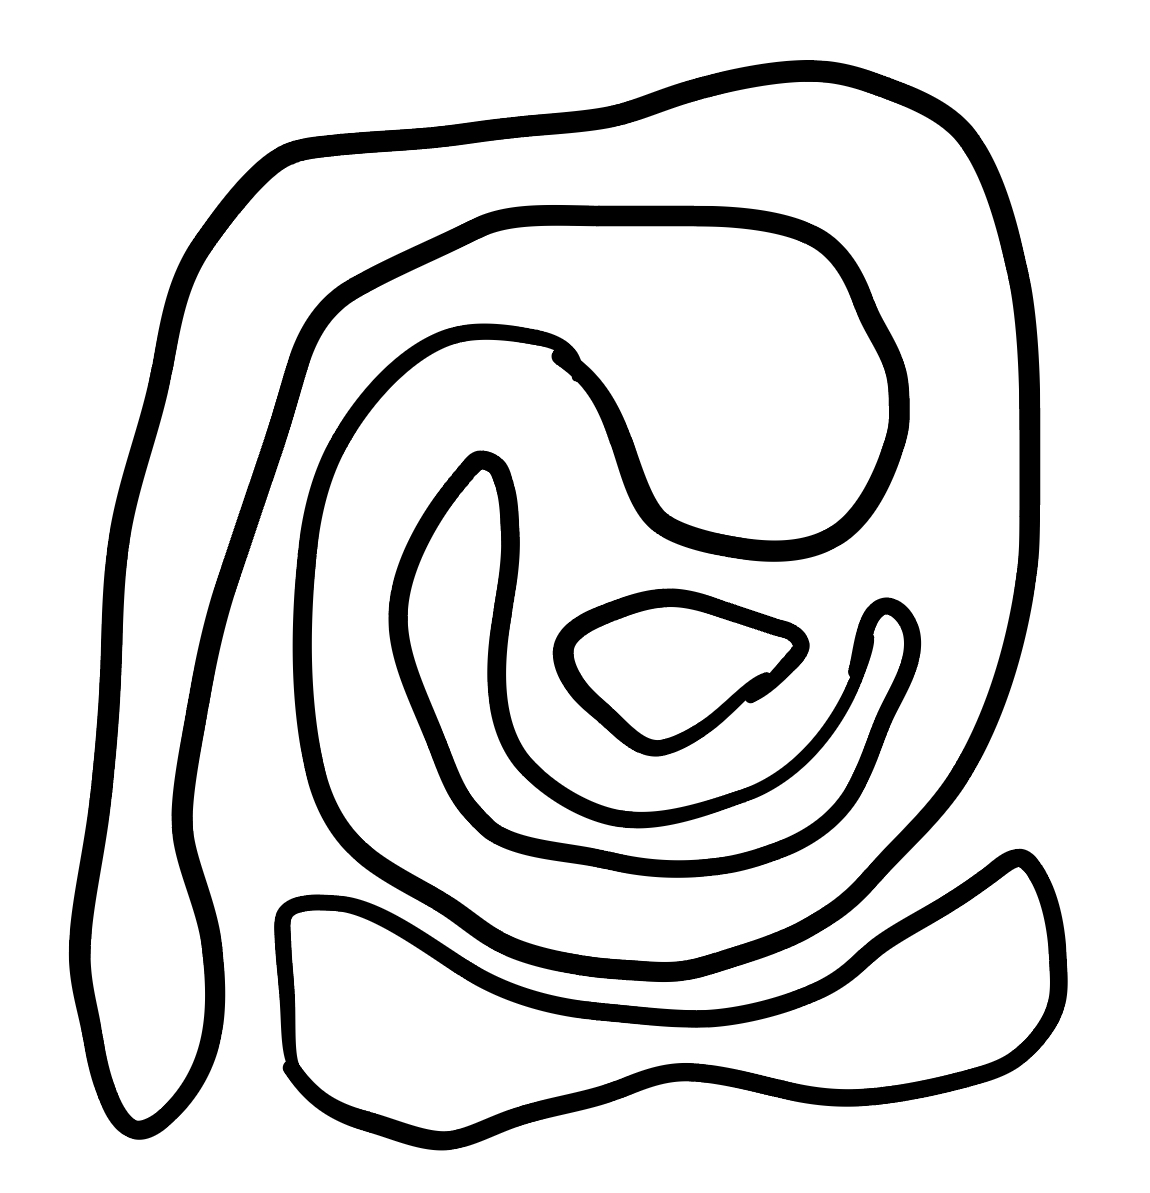
Number of regions (including the outer root region): 5
Containment tree edges (parent, child): 0, 1, 0, 2, 2, 3, 2, 4